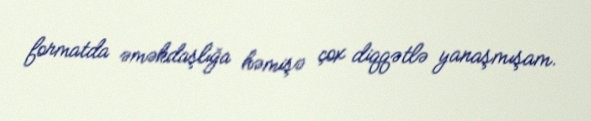
formatda əməkdaşlığa həmişə çox diqqətlə yanaşmışam.